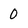
Character: 0